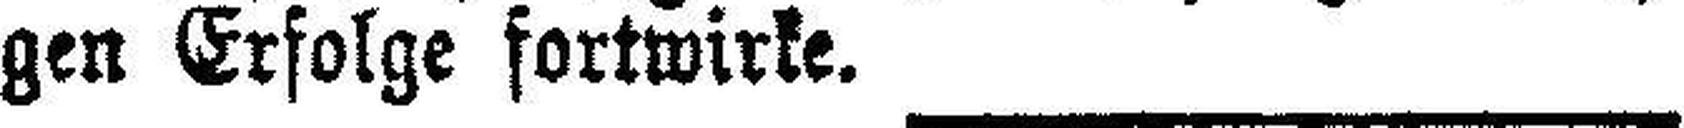
gen Erfolge fortwirke.